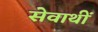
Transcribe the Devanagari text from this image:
सेवाथीं